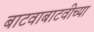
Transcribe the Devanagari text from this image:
बाटवाबाटवीच्या